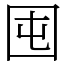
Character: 囤